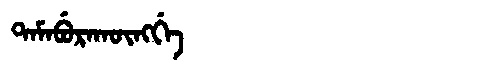
Manchu: ᡨᠠᠮᠠᠪᡠᡵᠠᡴᡡᠩᡤᡝ
Romanization: TAMABURAKŪNGGE